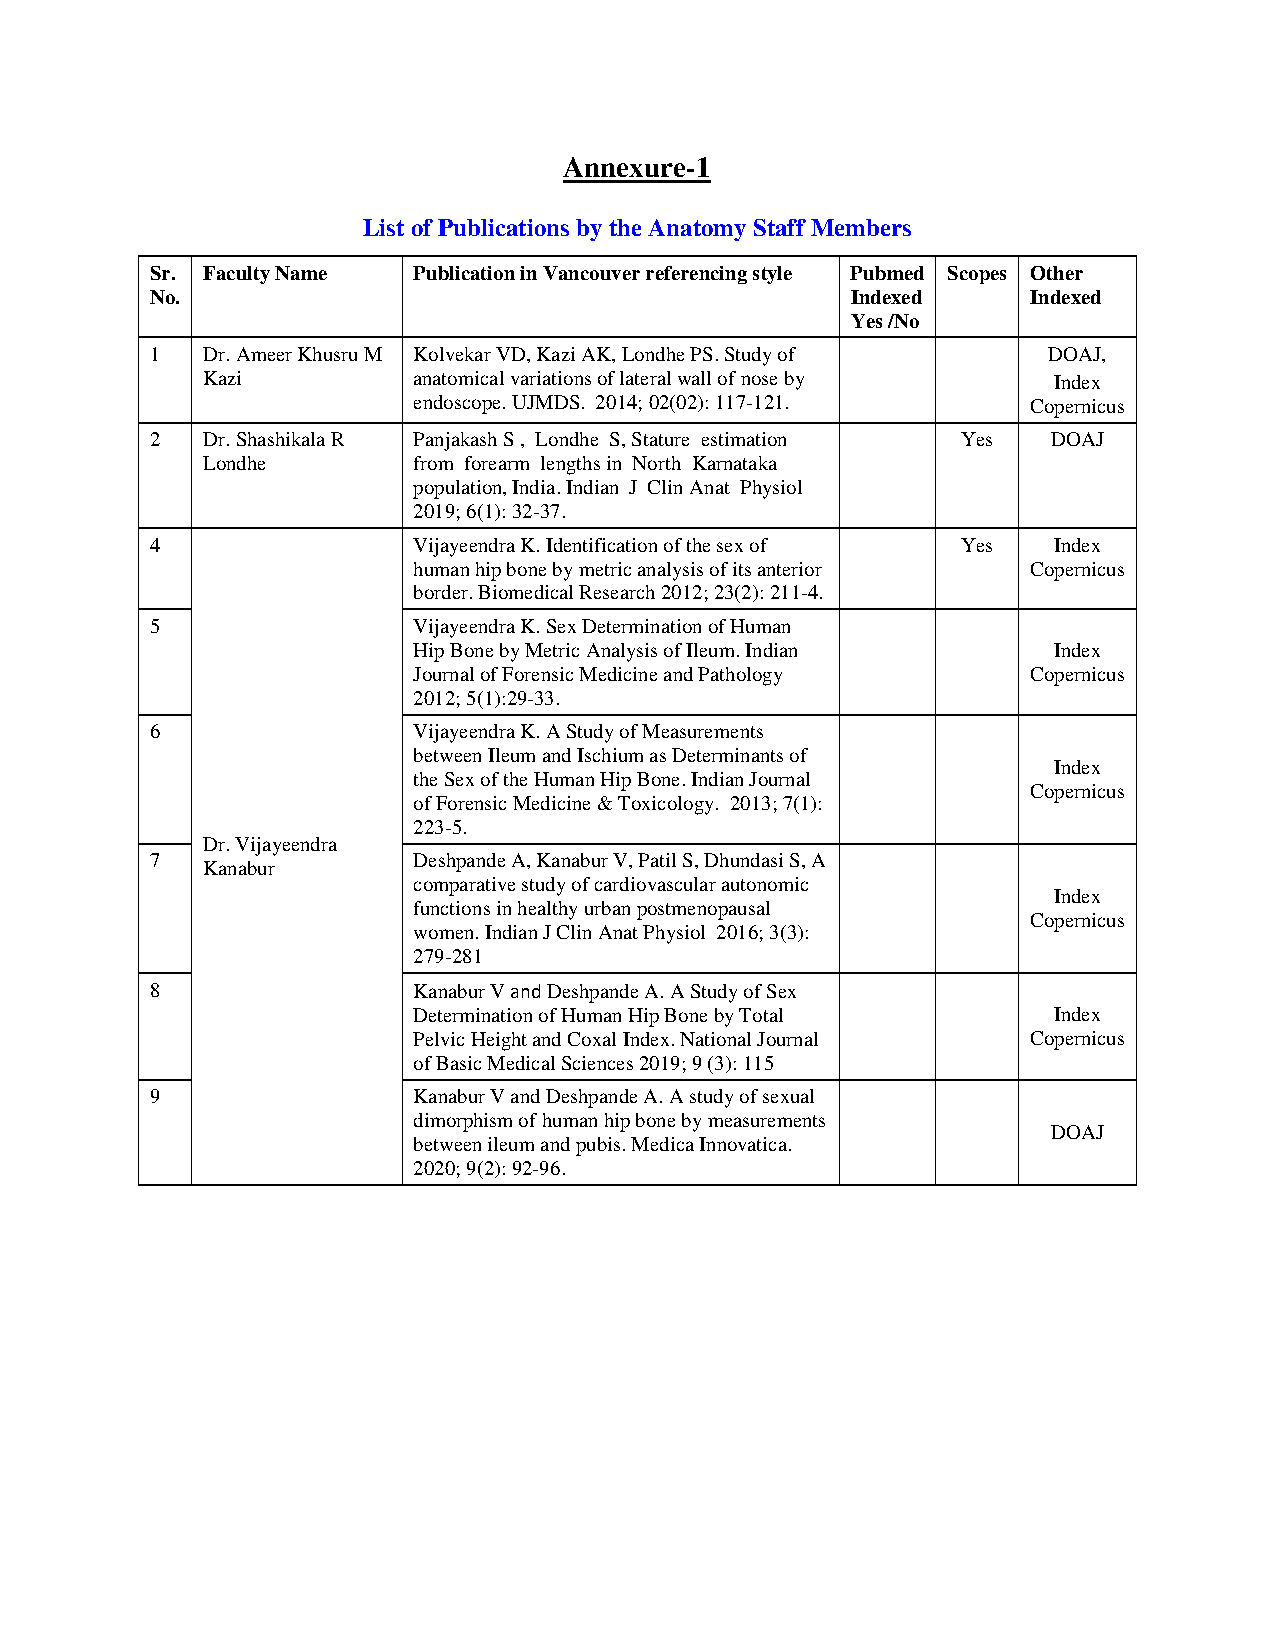
Annexure-1
 List of Publications by the Anatomy Staff Members
 Sr. Faculty Name Publication in Vancouver referencing style Pubmed Scopes Other
 No.                                           Indexed     Indexed
 Yes /No
 1  Dr. Ameer Khusru M Kolvekar VD, Kazi AK, Londhe PS. Study of DOAJ,
 Kazi          anatomical variations of lateral wall of nose by Index
 endoscope. UJMDS. 2014; 02(02): 117-121. Copernicus
 2  Dr. Shashikala R Panjakash S , Londhe S, Stature estimation Yes DOAJ
 Londhe        from forearm lengths in North Karnataka
 population, India. Indian J Clin Anat Physiol
 2019; 6(1): 32-37.
 4                Vijayeendra K. Identification of the sex of Yes Index
 human hip bone by metric analysis of its anterior Copernicus
 border. Biomedical Research 2012; 23(2): 211-4.
 5                Vijayeendra K. Sex Determination of Human
 Hip Bone by Metric Analysis of Ileum. Indian Index
 Journal of Forensic Medicine and Pathology Copernicus
 2012; 5(1):29-33.
 6                Vijayeendra K. A Study of Measurements
 between Ileum and Ischium as Determinants of
 Index
 the Sex of the Human Hip Bone. Indian Journal
 Copernicus
 of Forensic Medicine & Toxicology. 2013; 7(1):
 223-5.
 Dr. Vijayeendra
 7                Deshpande A, Kanabur V, Patil S, Dhundasi S, A
 Kanabur
 comparative study of cardiovascular autonomic
 Index
 functions in healthy urban postmenopausal
 Copernicus
 women. Indian J Clin Anat Physiol 2016; 3(3):
 279-281
 8                Kanabur V and Deshpande A. A Study of Sex
 Determination of Human Hip Bone by Total   Index
 Pelvic Height and Coxal Index. National Journal Copernicus
 of Basic Medical Sciences 2019; 9 (3): 115
 9                Kanabur V and Deshpande A. A study of sexual
 dimorphism of human hip bone by measurements
 DOAJ
 between ileum and pubis. Medica Innovatica.
 2020; 9(2): 92-96.